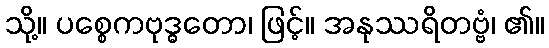
သို့။ ပစ္စေကဗုဒ္ဓတော၊ ဖြင့်။ အနုဿရိတဗ္ဗံ၊ ၏။